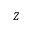
Z